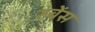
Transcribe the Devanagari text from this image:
रुबेंस